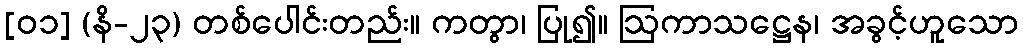
[၀၁] (နိ-၂၃) တစ်ပေါင်းတည်း။ ကတွာ၊ ပြု၍။ ဩကာသဋ္ဌေန၊ အခွင့်ဟူသော